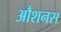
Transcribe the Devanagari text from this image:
औशनस